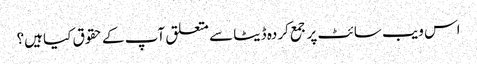
اس ویب سائٹ پر جمع کردہ ڈیٹا سے متعلق آپ کے حقوق کیا ہیں؟